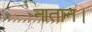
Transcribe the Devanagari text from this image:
नातान।